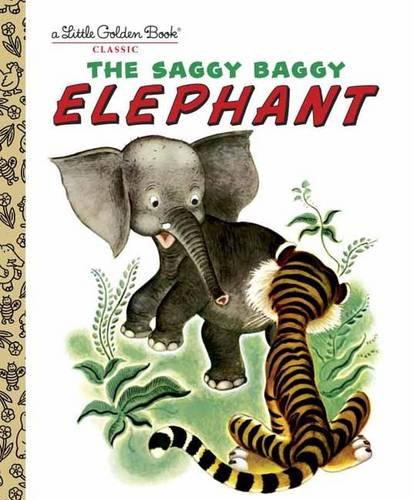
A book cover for The Saggy Baggy Elephant (Little Golden Book); K. Jackson; Children's Books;